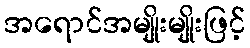
အရောင်အမျိုးမျိုးဖြင့်